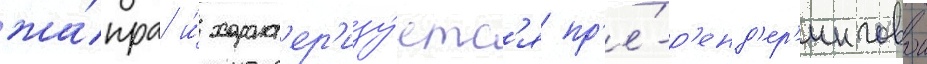
жа́нра и́ характ'ер'изу́етс'я пр'е́-р'енд'ер'инговои